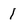
Character: 1